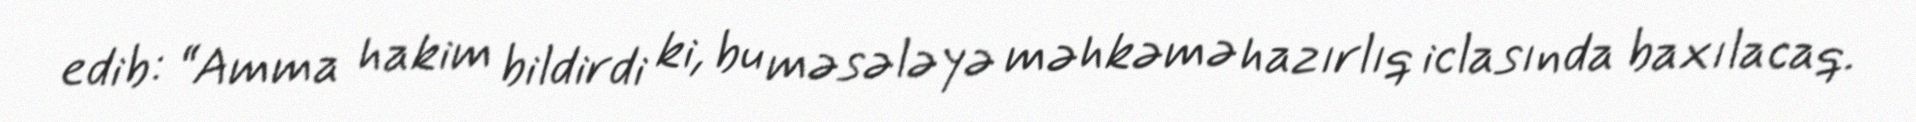
edib: “Amma hakim bildirdi ki, bu məsələyə məhkəmə hazırlıq iclasında baxılacaq.